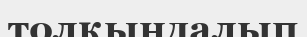
толқындалып